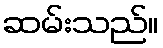
ဆမ်းသည်။